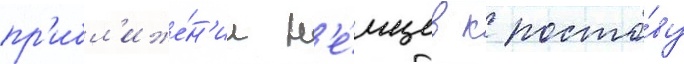
пр'ибл'иже́н'ии н'е́мцев к росто́ву